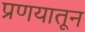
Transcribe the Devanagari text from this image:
प्रणयातून